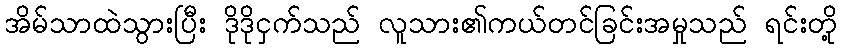
အိမ်သာထဲသွားပြီး ဒိုဒိုငှက်သည် လူသား၏ကယ်တင်ခြင်းအမှုသည် ရင်းတို့